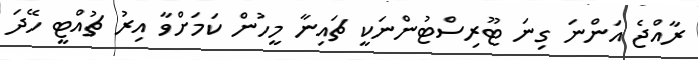
ރާއްޖެ އަންނަ ގިނަ ޓޫރިސްޓުންނަކީ ޗައިނާ މީހުން ކަމަށްވާ އިރު ޗުއްޓީ ހޭދަ